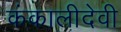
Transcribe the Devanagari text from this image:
कंकालीदेवी